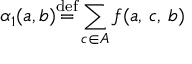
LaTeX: \alpha _ { 1 } ( a , b ) { \stackrel { \mathrm { d e f } } { = } } \displaystyle \sum _ { c \in A } f ( a , \, c , \, b )